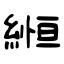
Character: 縆